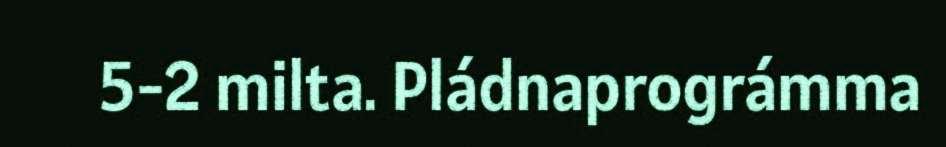
5-2 milta. Pládnaprográmma